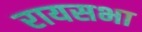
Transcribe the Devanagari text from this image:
रायसभा